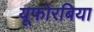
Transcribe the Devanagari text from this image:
यूफोरबिया